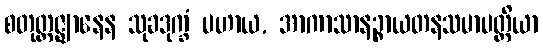
စတုတ္ထဇ္ဈာနေန သုခဒုက္ခံ ပဟာယ, အာကာသာနဉ္စာယတနသမာပတ္တိယာ